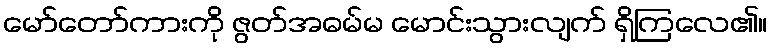
မော်တော်ကားကို ဇွတ်အဓမ်မ မောင်းသွားလျက် ရှိကြလေ၏။